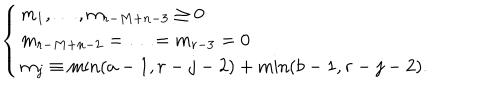
\left\{ \begin{array} { l } { { m _ { 1 } , \ldots , m _ { r - M + n - 3 } \geq 0 } } \\ { { m _ { r - M + n - 2 } = \ldots = m _ { r - 3 } = 0 } } \\ { { m _ { j } \equiv \min ( a - 1 , r - j - 2 ) + \min ( b - 1 , r - j - 2 ) . } } \\ \end{array} \right.